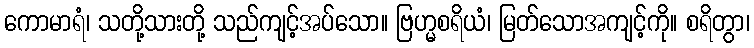
ကောမာရံ၊ သတို့သားတို့ သည်ကျင့်အပ်သော။ ဗြဟ္မစရိယံ၊ မြတ်သောအကျင့်ကို။ စရိတွာ၊